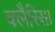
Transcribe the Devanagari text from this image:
क्लैरिसा